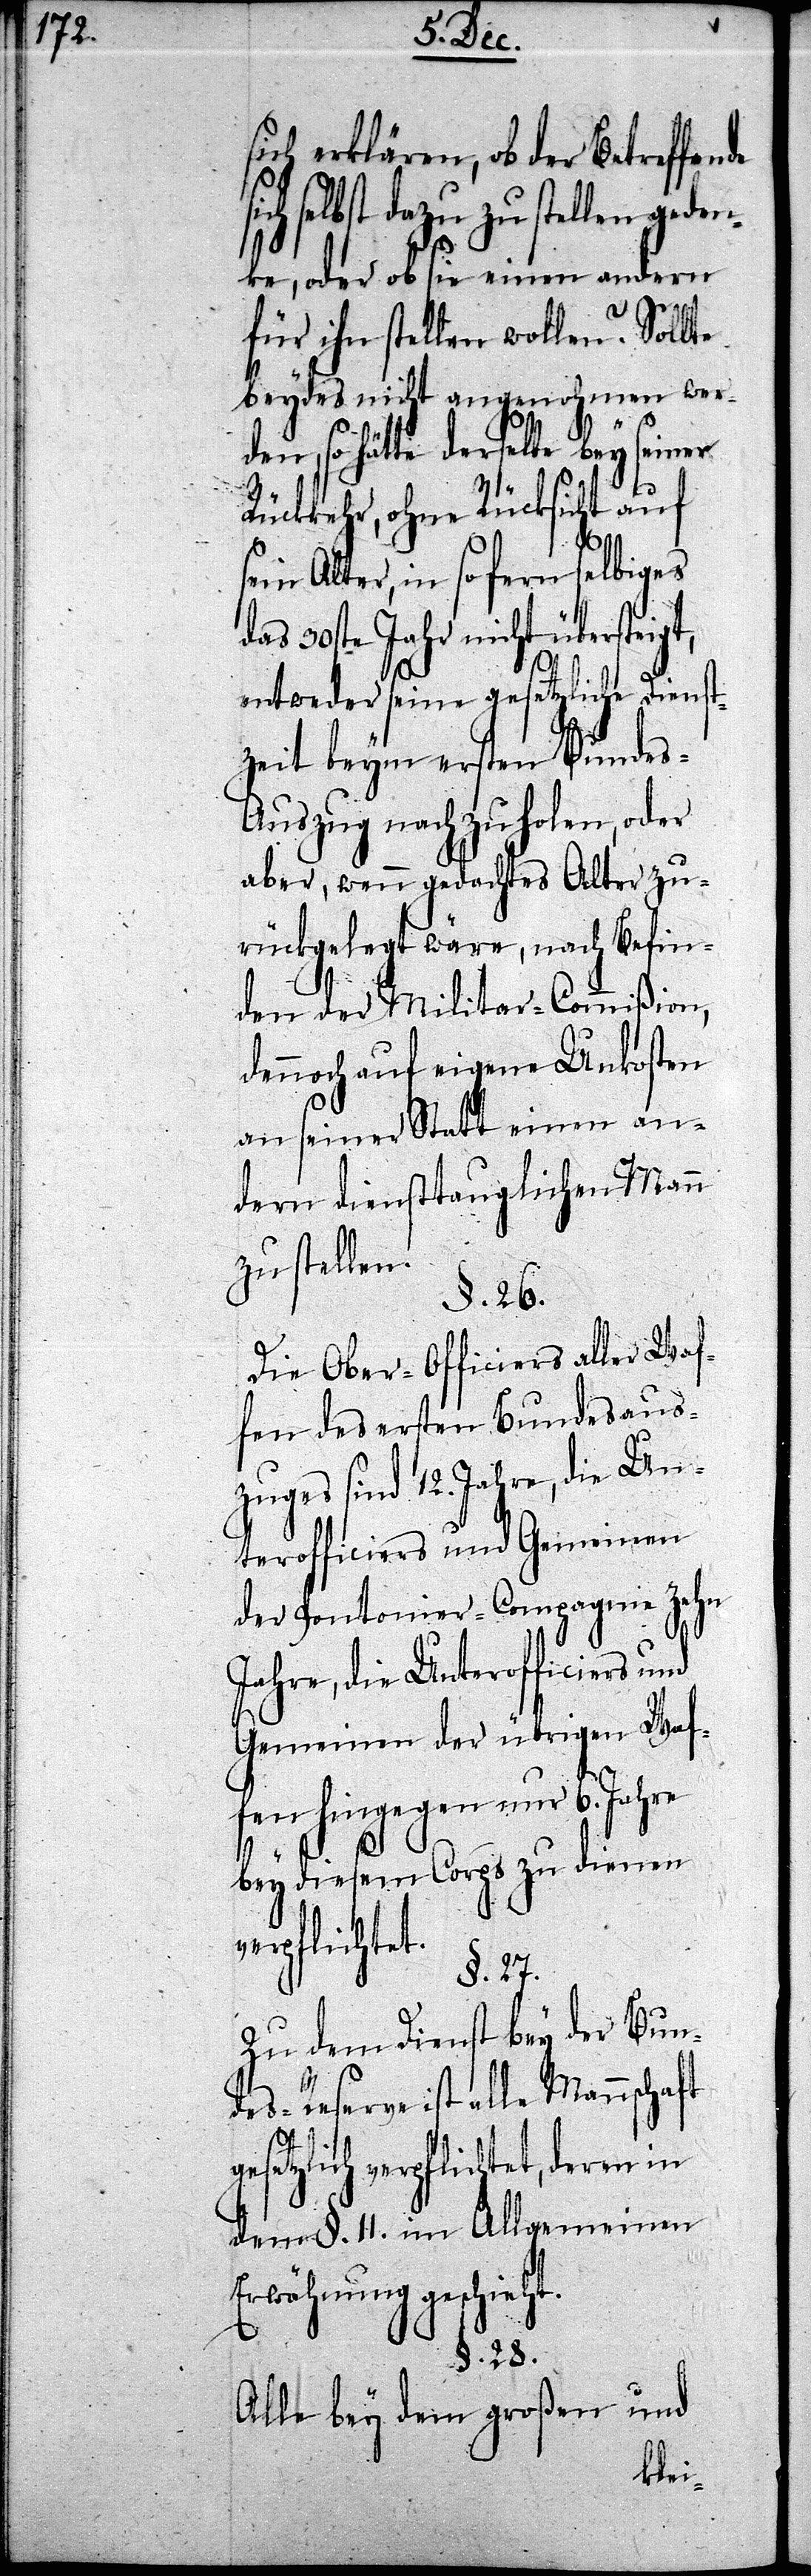
sich erklären, ob der Betreffende
selbst dazu zu stellen geden¬
ke, oder ob sie einen andern
für ihn stellen wollen? Sollte
beydes nicht angenohmen wer¬
den, so hätte derselbe bey seiner
Rückkehr, ohne Rücksicht auf
ein Alter, in so fern selbiges
das 30ste Jahr nicht übersteigt,
entweder seine gesetzliche Dienst¬
zeit beym ersten Bundes-A¬
uszug nachzuholen, oder
aber, wenn gedachtes Alter zu¬
rückgelegt wäre, nach Befin¬
den der Militar-Commißion,
dennoch auf eigene Unkosten
an seiner Statt einen an¬
dern diensttauglichen Mann
zu stellen.
§. 26.
Die Ober-Officiers aller Waf¬
fen des ersten Bundesaus¬
zuges sind 12. Jahre, die Un¬
terofficiers und Gemeinen
der Pontonier-Compagnie zehn
Jahre, die Unterofficiers und
Gemeinen der übrigen Waf¬
fen hingegen nur 6. Jahre
bey diesem Corps zu dienen
verpflichtet.
§. 27.
Zu dem Dienst bey der Bun¬
des-Reserve ist alle Mannschaft
etzlich verpflichtet, deren in
dem §. 11. im Allgemeinen
Erwähnung geschieht.
ges¬
§. 28.
Alle bey dem großen und